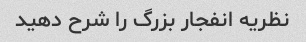
نظریه انفجار بزرگ را شرح دهید